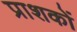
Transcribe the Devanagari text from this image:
प्राशकों